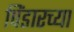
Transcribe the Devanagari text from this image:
पिंडारच्या